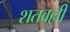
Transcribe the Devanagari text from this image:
शतवल्ली